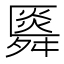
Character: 䑞